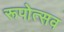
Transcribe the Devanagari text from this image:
रूपोत्सव